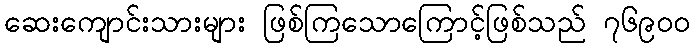
ဆေးကျောင်းသားများ ဖြစ်ကြသောကြောင့်ဖြစ်သည် ၇၆၉၀၀